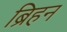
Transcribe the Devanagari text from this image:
ब्रिहन